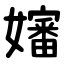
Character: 嬸